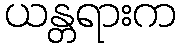
ယန္တရားက